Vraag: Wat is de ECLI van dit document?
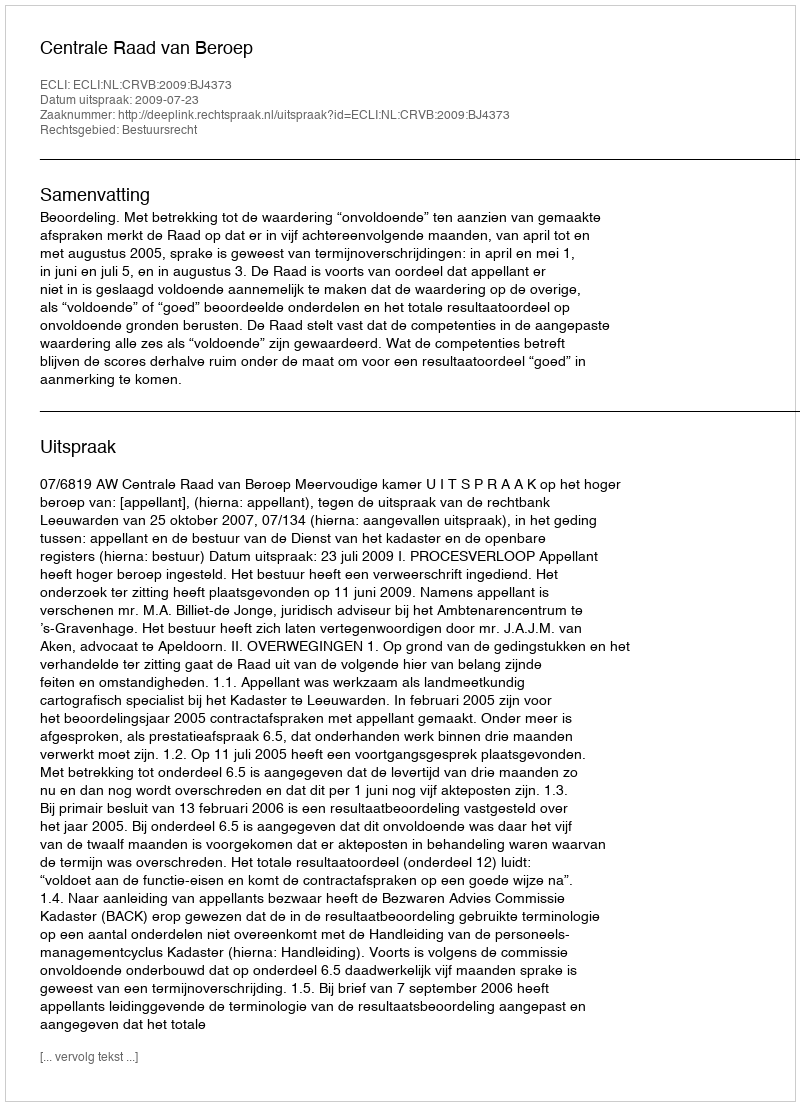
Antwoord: ECLI:NL:CRVB:2009:BJ4373